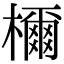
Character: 檷